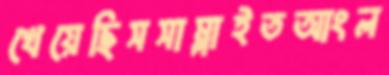
খেয়েছিসসাম্‌লাইতআংল